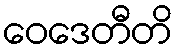
ဝေဒေတီတိ